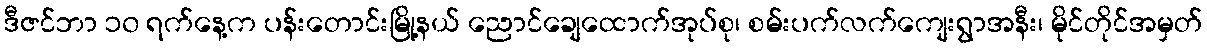
ဒီဇင်ဘာ ၁၀ ရက်နေ့က ပန်းတောင်းမြို့နယ် ညောင်ချေထောက်အုပ်စု၊ စမ်းပက်လက်ကျေးရွာအနီး၊ မိုင်တိုင်အမှတ်